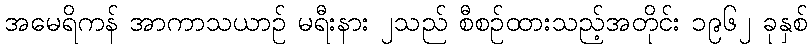
အမေရိကန် အာကာသယာဉ် မရီးနား ၂သည် စီစဉ်ထားသည့်အတိုင်း ၁၉၆၂ ခုနှစ်